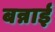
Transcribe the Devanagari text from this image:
बन्नाई